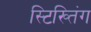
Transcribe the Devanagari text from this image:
स्टिख्तिंग